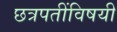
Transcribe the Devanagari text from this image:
छत्रपतींविषयी